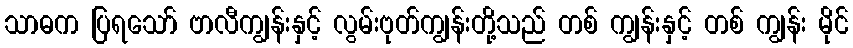
သာဓက ပြရသော် ဗာလီကျွန်းနှင့် လွမ်းဗုတ်ကျွန်းတို့သည် တစ် ကျွန်းနှင့် တစ် ကျွန်း မိုင်